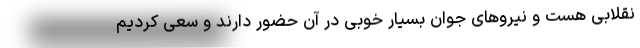
نقلابی هست و نیروهای جوان بسیار خوبی در آن حضور دارند و سعی کردیم